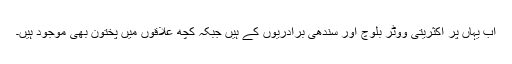
اب یہاں پر اکثریتی ووٹر بلوچ اور سندھی برادریوں کے ہیں جبکہ کچھ علاقوں میں پختون بھی موجود ہیں۔